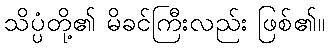
သိပ္ပံတို့၏ မိခင်ကြီးလည်း ဖြစ်၏။